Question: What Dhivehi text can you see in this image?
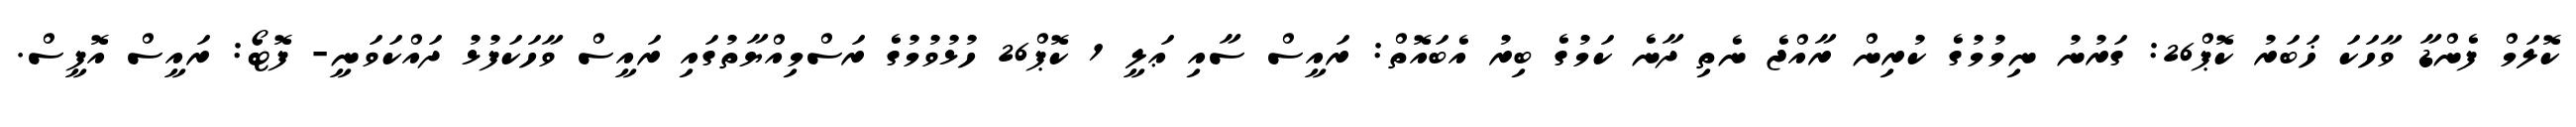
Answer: ކޮލަމް ފެންޑާ ވާހަކަ ޚަބަރު ކޮޕް26: ގަރުނު ނިމުމުގެ ކުރިން ރާއްޖެ ނެތި ދާނެ ކަމުގެ ބިރު އެބައޮތް: ރައީސް ސާއި ޢަލީ 1 ކޮޕް26 ހުޅުވުމުގެ ރަސްމިއްޔާތުގައި ރައީސް ވާހަކަފުޅު ދައްކަވަނީ- ފޮޓޯ: ރައީސް އޮފީސް.